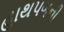
હાથપગની